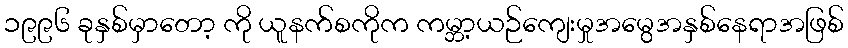
၁၉၉၆ ခုနှစ်မှာတော့ ကို ယူနက်စကိုက ကမ္ဘာ့ယဉ်ကျေးမှုအမွေအနှစ်နေရာအဖြစ်